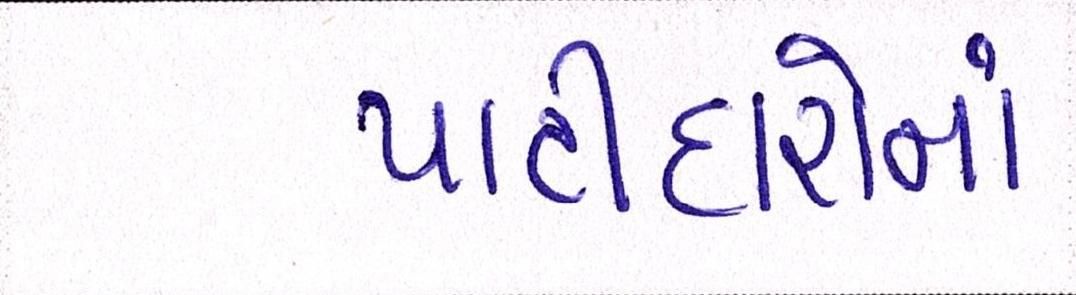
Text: પાટીદારોનાં